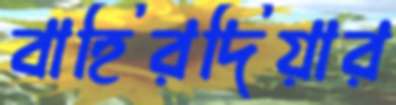
বাহিরদিয়ার